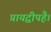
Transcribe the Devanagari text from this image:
प्रायद्वीपहै।